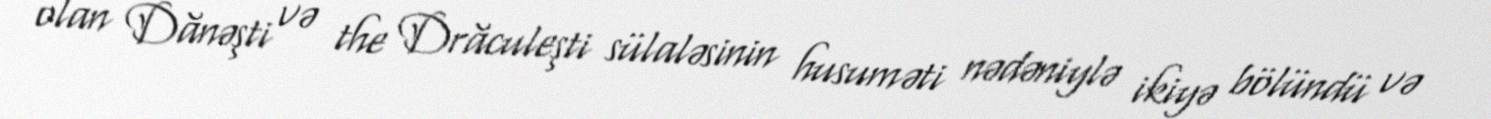
olan Dănəşti və the Drăculeşti sülaləsinin husuməti nədəniylə ikiyə bölündü və